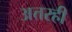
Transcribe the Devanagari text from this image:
अत्तरही